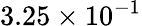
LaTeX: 3.25\times 10^{-1}